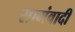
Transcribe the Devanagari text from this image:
सामंवादी